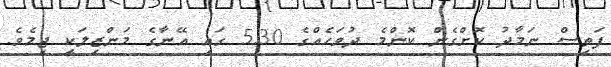
ފަތިސް ނަމާދު ކޮށްގެން ކޮންމެ ދުވަހެއްގެ 5.30 ގައި އޭނާގެ މަންޒިލަކީ ޖިމެވެ.